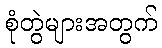
စုံတွဲများအတွက်